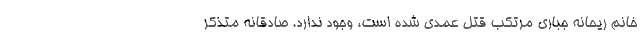
خانم ریحانه جباری مرتکب قتل عمدی شده است، وجود ندارد. صادقانه متذکر